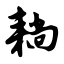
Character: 耥